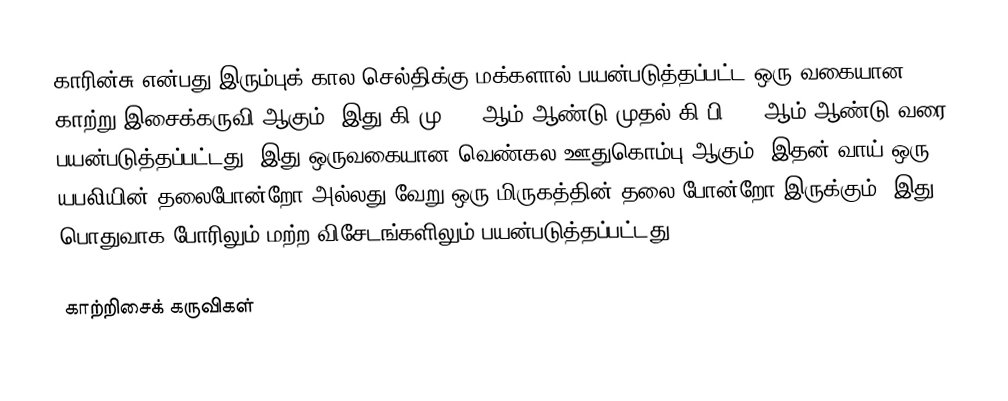
காரின்சு என்பது இரும்புக் கால செல்திக்கு மக்களால் பயன்படுத்தப்பட்ட ஒரு வகையான காற்று இசைக்கருவி ஆகும். இது கி.மு.300 ஆம் ஆண்டு முதல் கி.பி.200 ஆம் ஆண்டு வரை பயன்படுத்தப்பட்டது. இது ஒருவகையான வெண்கல ஊதுகொம்பு ஆகும். இதன் வாய் ஒரு யபலியின் தலைபோன்றோ அல்லது வேறு ஒரு மிருகத்தின் தலை போன்றோ இருக்கும். இது பொதுவாக போரிலும் மற்ற விசேடங்களிலும் பயன்படுத்தப்பட்டது.

காற்றிசைக் கருவிகள்